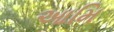
આમિ